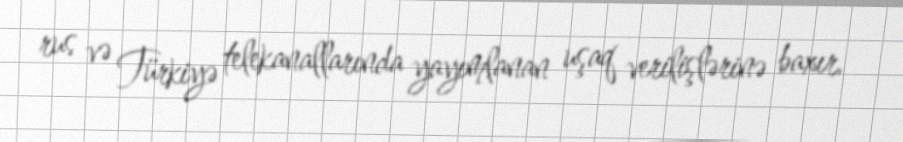
rus və Türkiyə telekanallarında yayımlanan uşaq verilişlərinə baxır.